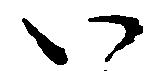
い